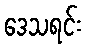
ဒေသရင်း